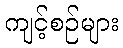
ကျင့်စဉ်များ